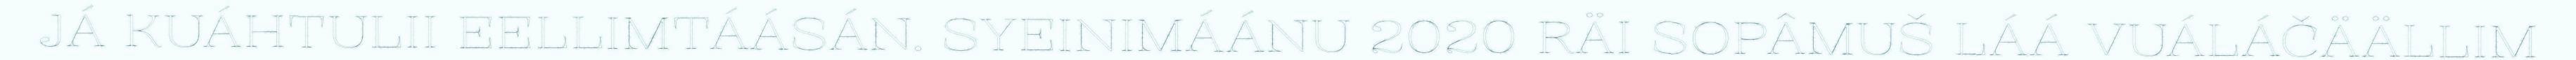
JÁ KUÁHTULII EELLIMTÁÁSÁN. SYEINIMÁÁNU 2020 RÄI SOPÂMUŠ LÁÁ VUÁLÁČÄÄLLIM